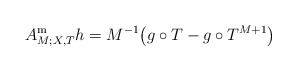
\begin{align*}A_{M;X, T}^{\mathrm m}h=M^{-1}\big(g\circ T-g\circ T^{M+1}\big)\end{align*}